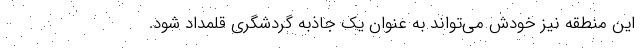
این منطقه نیز خودش می‌تواند به عنوان یک جاذبه گردشگری قلمداد شود.